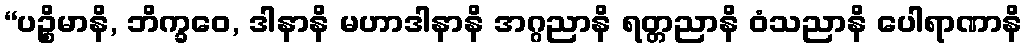
“ပဉ္စိမာနိ, ဘိက္ခဝေ, ဒါနာနိ မဟာဒါနာနိ အဂ္ဂညာနိ ရတ္တညာနိ ဝံသညာနိ ပေါရာဏာနိ